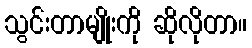
သွင်းတာမျိုးကို ဆိုလိုတာ။